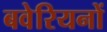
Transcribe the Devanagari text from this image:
बवेरियनों